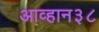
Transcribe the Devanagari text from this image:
आव्हान३८